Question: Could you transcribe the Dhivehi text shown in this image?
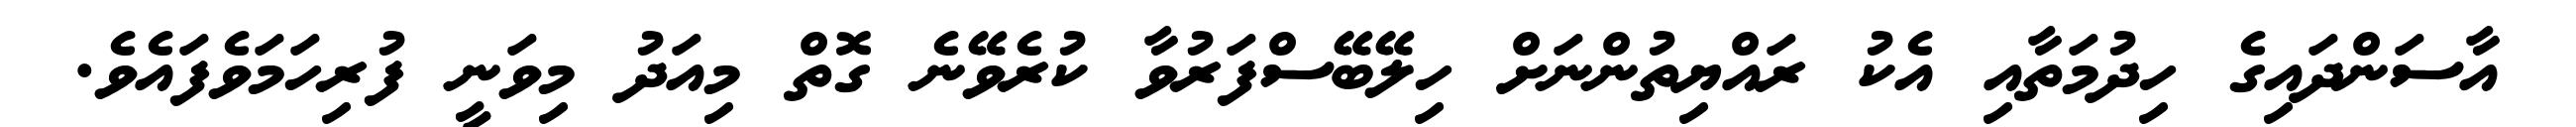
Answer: އާސަންދައިގެ ހިދުމަތާއި އެކު ރައްޔިތުންނަށް ހިލޭބޭސްފަރުވާ ކުރެވޭނެ ގޮތް މިއަދު މިވަނީ ފުރިހަމަވެފައެވެ.